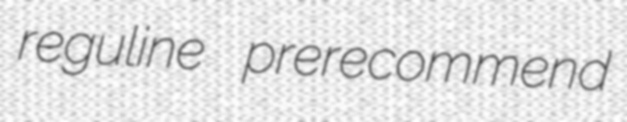
reguline prerecommend